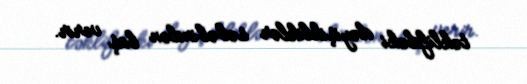
təklifdəki dəyişikliklər səbəbindən baş verir.